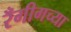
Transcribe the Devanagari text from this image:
रँगीगच्या